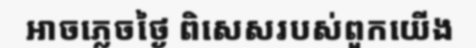
អាចភ្លេចថ្ងៃ ពិសេសរបស់ពួកយើង